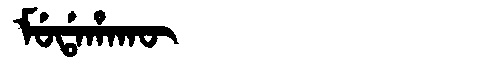
Manchu: ᠮᡠᡩᠠᡥᠠᡴᡡ
Romanization: MUDAHAKŪ